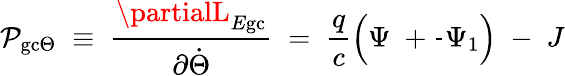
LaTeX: \mathcal{P}_{\mathrm{{gc}}\Theta}\; \equiv\; \frac{{\partialL_{E\mathrm{{gc}}}}}{{\partial\dot{{\Theta}}}}\; =\; \frac{{q}}{{c}}\left(\Psi\; +\frac{{}}{{}}\Psi_{1}\right)\; -\; J